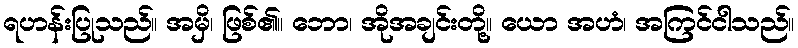
ရဟန်းပြုသည်။ အမှိ၊ ဖြစ်၏။ ဘော၊ အိုအချင်းတို့။ ယော အဟံ၊ အကြင်ငါသည်။